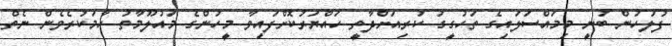
ފުލުހުން ބުނީ މިމައްސަލައިގެ ތަހުގީގު ކުރިއަށްދާތީ ހައްޔަރުކޮށްފައިވާ މީހުންގެ މައުލޫމާތު ހާމަކުރެވެން ނެތް